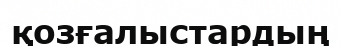
қозғалыстардың